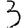
Digit: 3